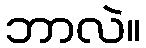
ဘာလဲ။